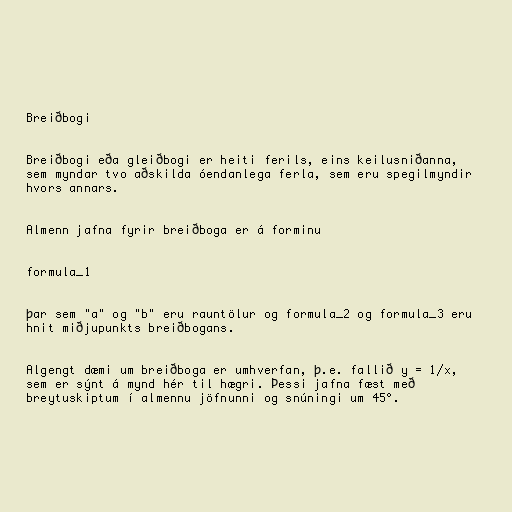
Breiðbogi

Breiðbogi eða gleiðbogi er heiti ferils, eins keilusniðanna,
sem myndar tvo aðskilda óendanlega ferla, sem eru spegilmyndir
hvors annars.

Almenn jafna fyrir breiðboga er á forminu

formula_1

þar sem "a" og "b" eru rauntölur og formula_2 og formula_3 eru
hnit miðjupunkts breiðbogans.

Algengt dæmi um breiðboga er umhverfan, þ.e. fallið y = 1/x,
sem er sýnt á mynd hér til hægri. Þessi jafna fæst með
breytuskiptum í almennu jöfnunni og snúningi um 45°.